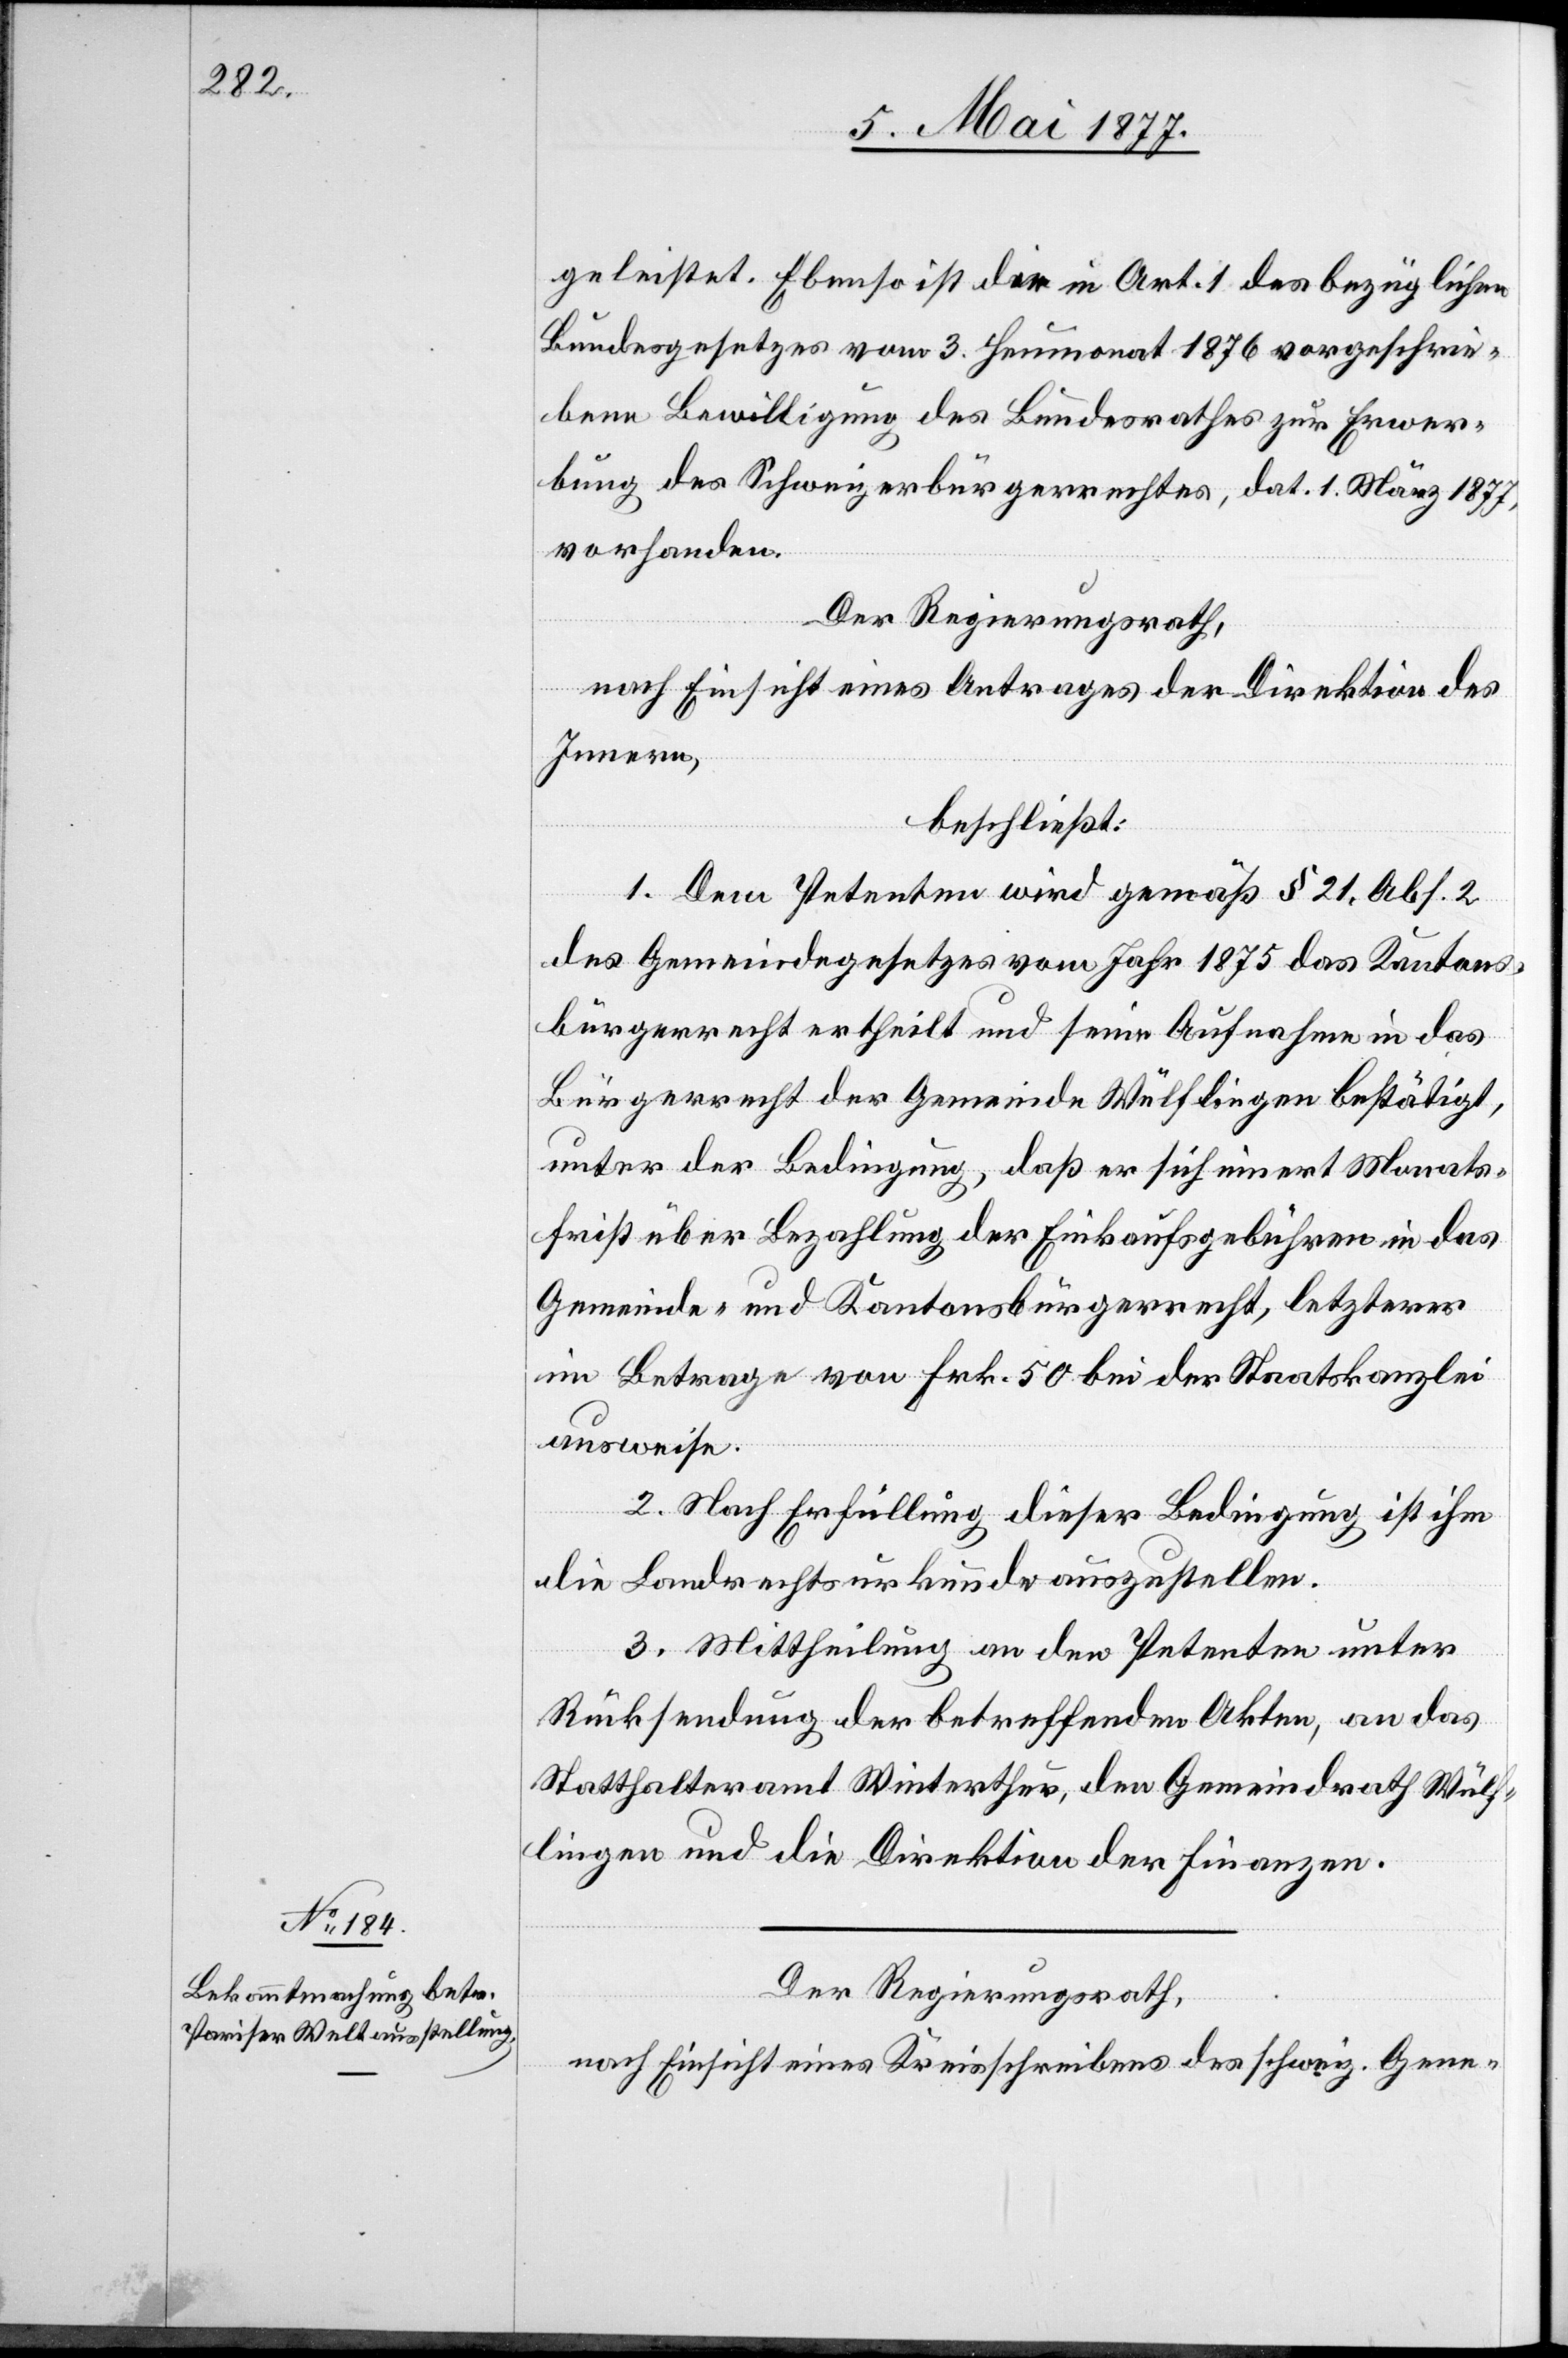
geleistet. Ebenso ist die in Art. 1 des bezüglichen
Bundesgesetzes vom 3. Heumonat 1876 vorgeschrie¬
bene Bewilligung des Bundesrathes zur Erwer¬
bung des Schweizerbürgerrechtes, dat. 1. März 1877,
vorhanden.
Der Regierungsrath,
nach Einsicht eines Antrages der Direktion des
Innern,
beschließt:
1. Dem Petenten wird gemäß § 21 Abs. 2
des Gemeindegesetzes vom Jahr 1875 das Kantons¬
bürgerrecht ertheilt und seine Aufnahme in das
Bürgerrecht der Gemeinde Wülflingen bestätigt,
unter der Bedingung, dass er sich innert Monats¬
frist über Bezahlung der Einkaufsgebühren in das
Gemeinde- und Kantonsbürgerrecht, letzterer
im Betrag von Frk. 50 bei der Staatskanzlei
ausweise.
2. Nach Erfüllung dieser Bedingung ist ihm
die Landrechtsurkunde auszustellen.
3. Mittheilung an den Petenten unter
Rücksendung der betreffenden Akten, an das
Statthalteramt Winterthur, den Gemeindrath Wülf¬
lingen und die Direktion der Finanzen.
Der Regierungsrath,
nach Einsicht eines Kreisschreibens des schweiz. Gene-